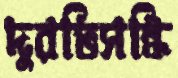
দুরভিসন্ধি